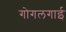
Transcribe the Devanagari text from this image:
गोगलगाई